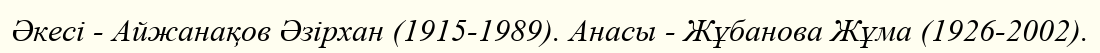
Әкесі - Айжанақов Әзірхан (1915-1989). Анасы - Жұбанова Жұма (1926-2002).